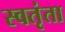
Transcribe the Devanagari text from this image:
स्वतृंता